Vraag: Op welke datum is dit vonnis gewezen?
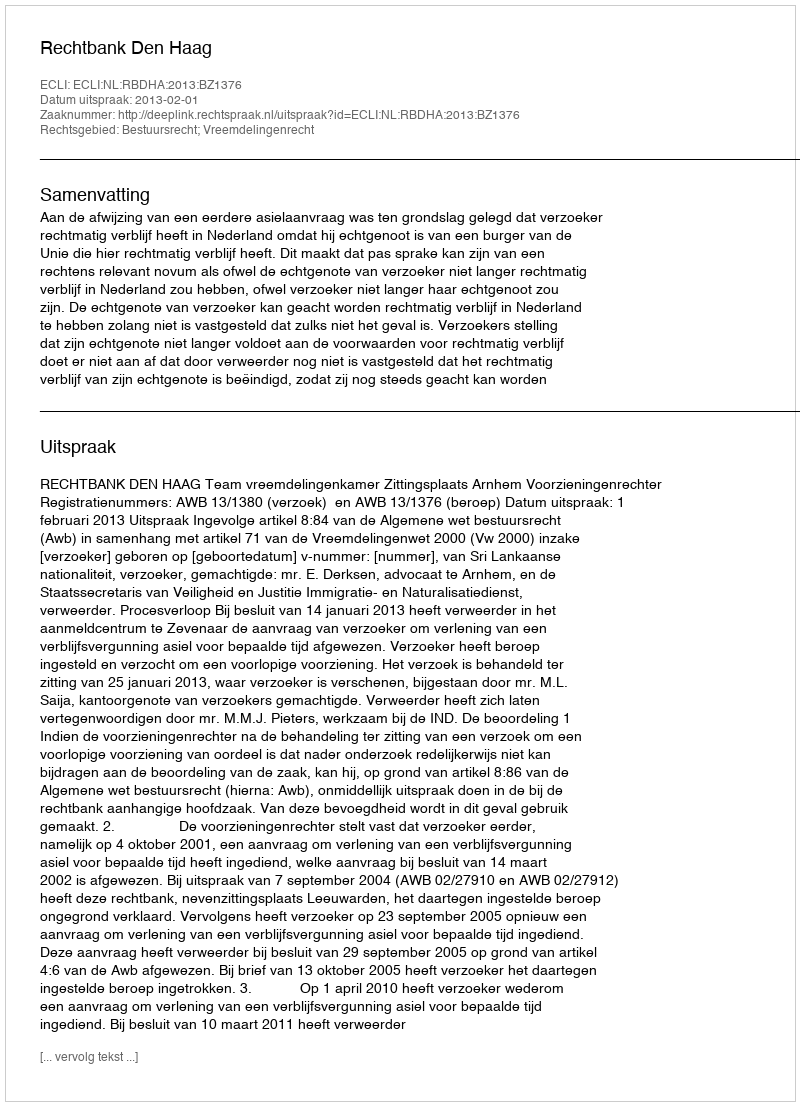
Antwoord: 2013-02-01